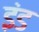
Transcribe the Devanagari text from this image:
इंड